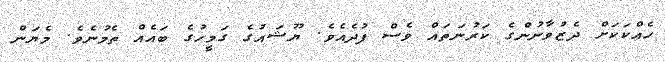
ހެއްކަކަށް ދެޒުވާނުންގެ ކަރުނަތައް ވެސް ފުދެއެވެ. ޔޫޝައުގެ ގަމީހުގެ ބައެއް ތެމުނެވެ. މެޔަން